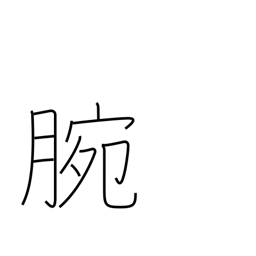
Meaning: ability